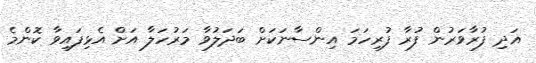
އަދި ފުރާވަރުން ފުރާ ފުރިހަމަ އިންސާނަކަށް ބަދަލުވާ މަރުހަލާ އަށް އެޅިފައިވާ ކޮންމެ